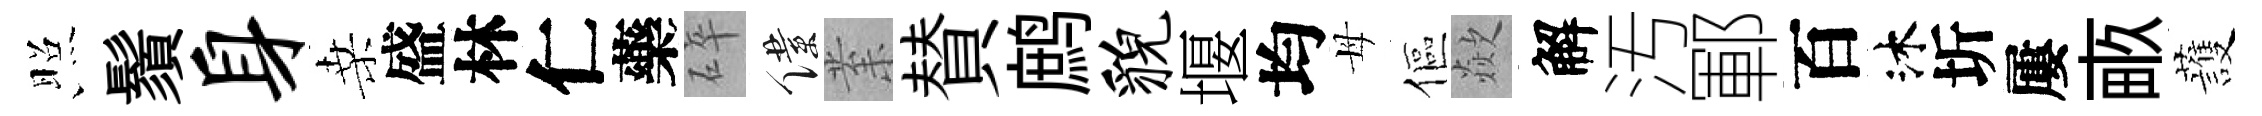
照鬚身桑盛林仁藥碎僕𭪙賛鹧貌堰均母傴歘解汚鄆百沐圻屢畞䕶